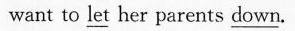
want to \underline{let} her parents \underline{down}.